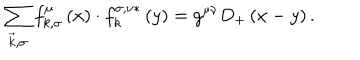
\sum _ { \vec { k } , \sigma } f _ { k , \sigma } ^ { \mu } \left( x \right) \cdot f _ { k } ^ { \sigma , \nu * } \left( y \right) = g ^ { \mu \nu } D _ { + } \left( x - y \right) .